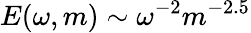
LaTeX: E(\omega,m)\sim\omega^{-2}m^{-2.5}